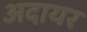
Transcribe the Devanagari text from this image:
अदायर